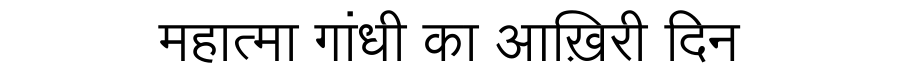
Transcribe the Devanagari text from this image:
महात्मा गांधी का आख़िरी दिन